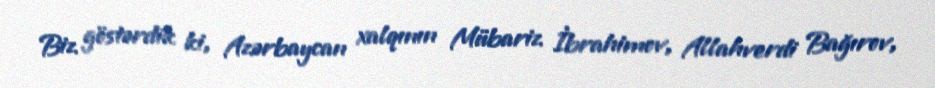
Biz göstərdik ki, Azərbaycan xalqının Mübariz İbrahimov, Allahverdi Bağırov,